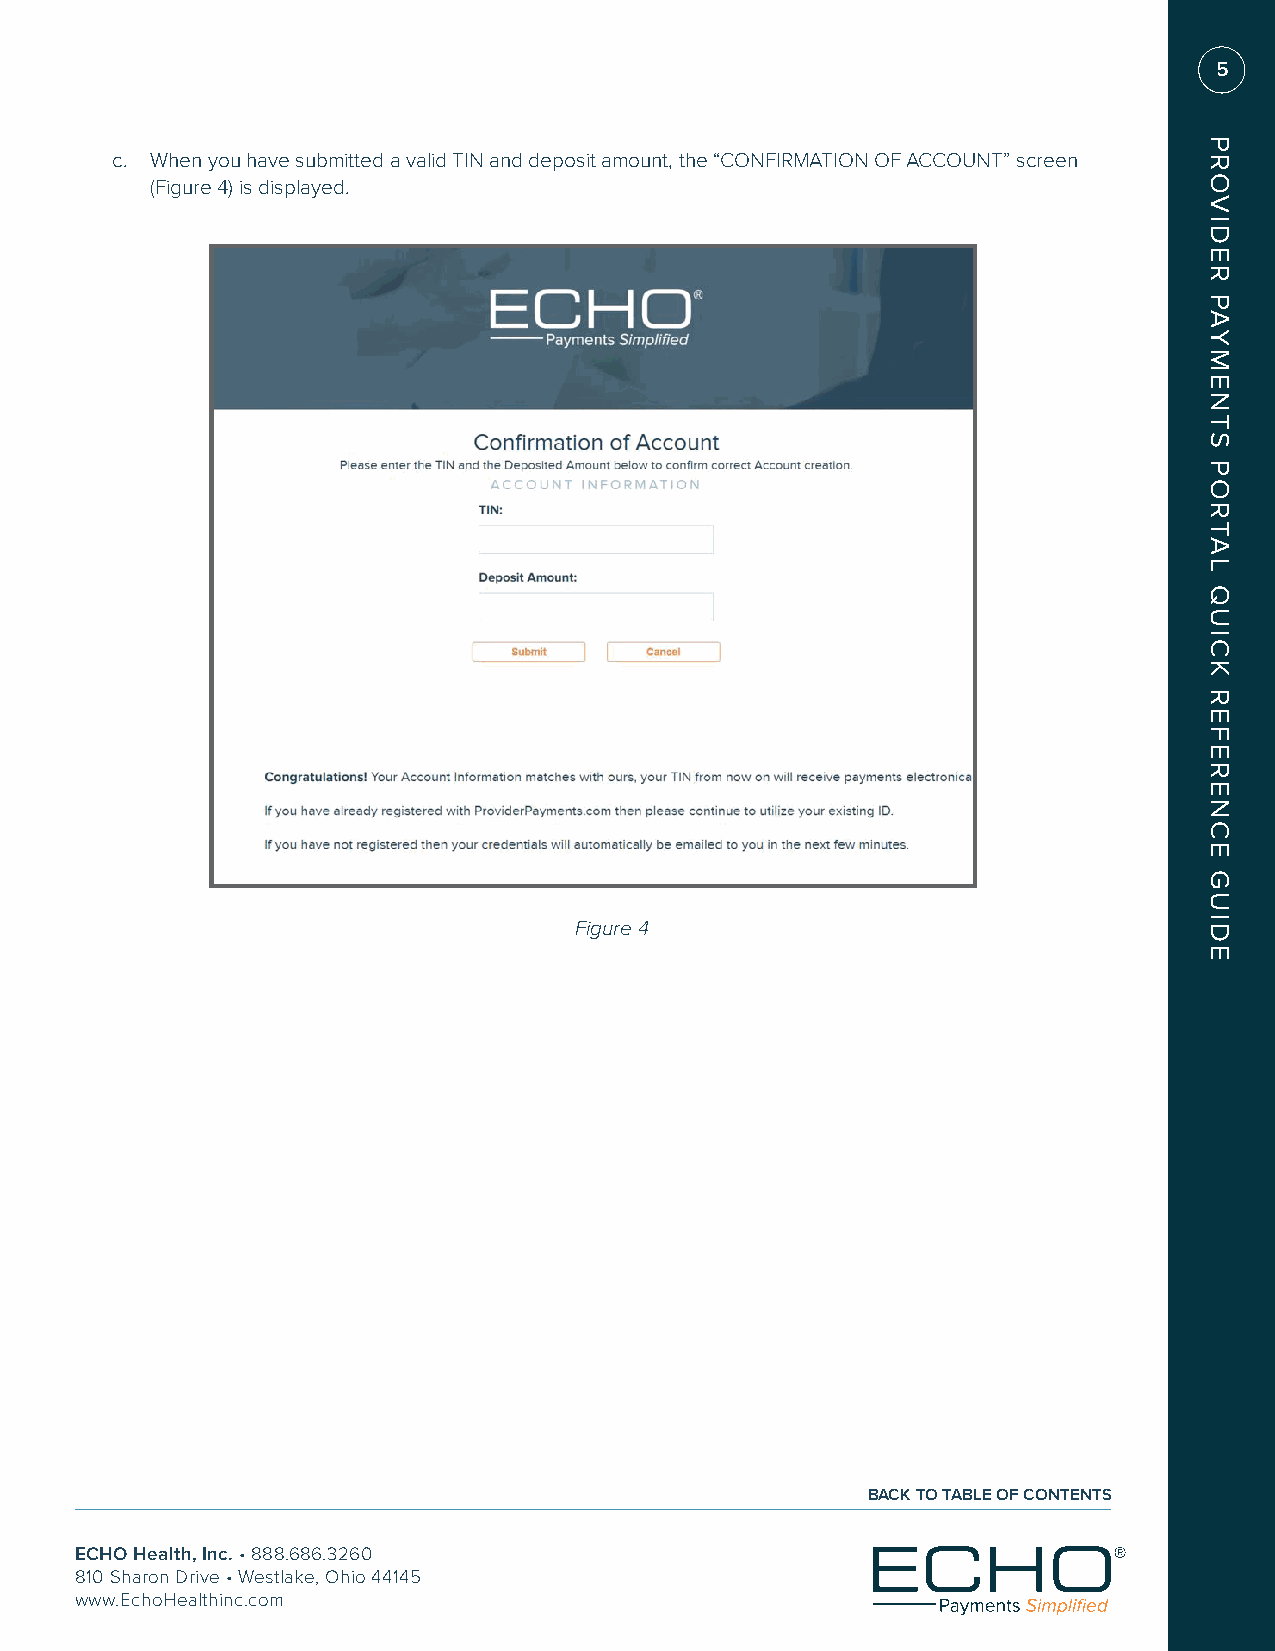
5
 c. When you have submitted a valid TIN and deposit amount, the “CONFIRMATION OF ACCOUNT” screen
 (Figure 4) is displayed.
 Figure 4
 BACK TO TABLE OF CONTENTS
 ECHO Health, Inc. • 888.686.3260
 810 Sharon Drive • Westlake, Ohio 44145
 www.EchoHealthinc.com
 PROVIDER
 PAYMENTS
 PORTAL
 QUICK
 REFERENCE
 GUIDE